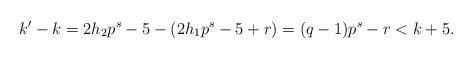
\begin{align*} k'-k=2h_2p^s-5-(2h_1p^s-5+r)=(q-1)p^s-r<k+5. \end{align*}